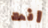
انت